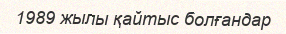
1989 жылы қайтыс болғандар